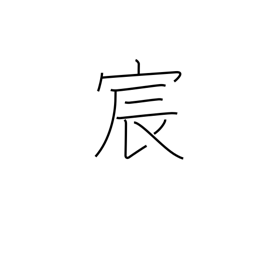
Meaning: imperial courtesy